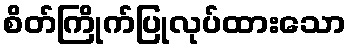
စိတ်ကြိုက်ပြုလုပ်ထားသော